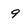
Character: 9